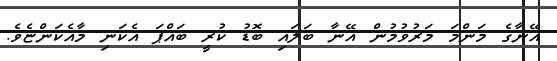
އޭނާގެ މަންމަ މަރުވުމުން އޭނާ ބަލައި ބޮޑު ކުރީ ބައްޕަ އެކަނި މާއެކަންޏެވެ.